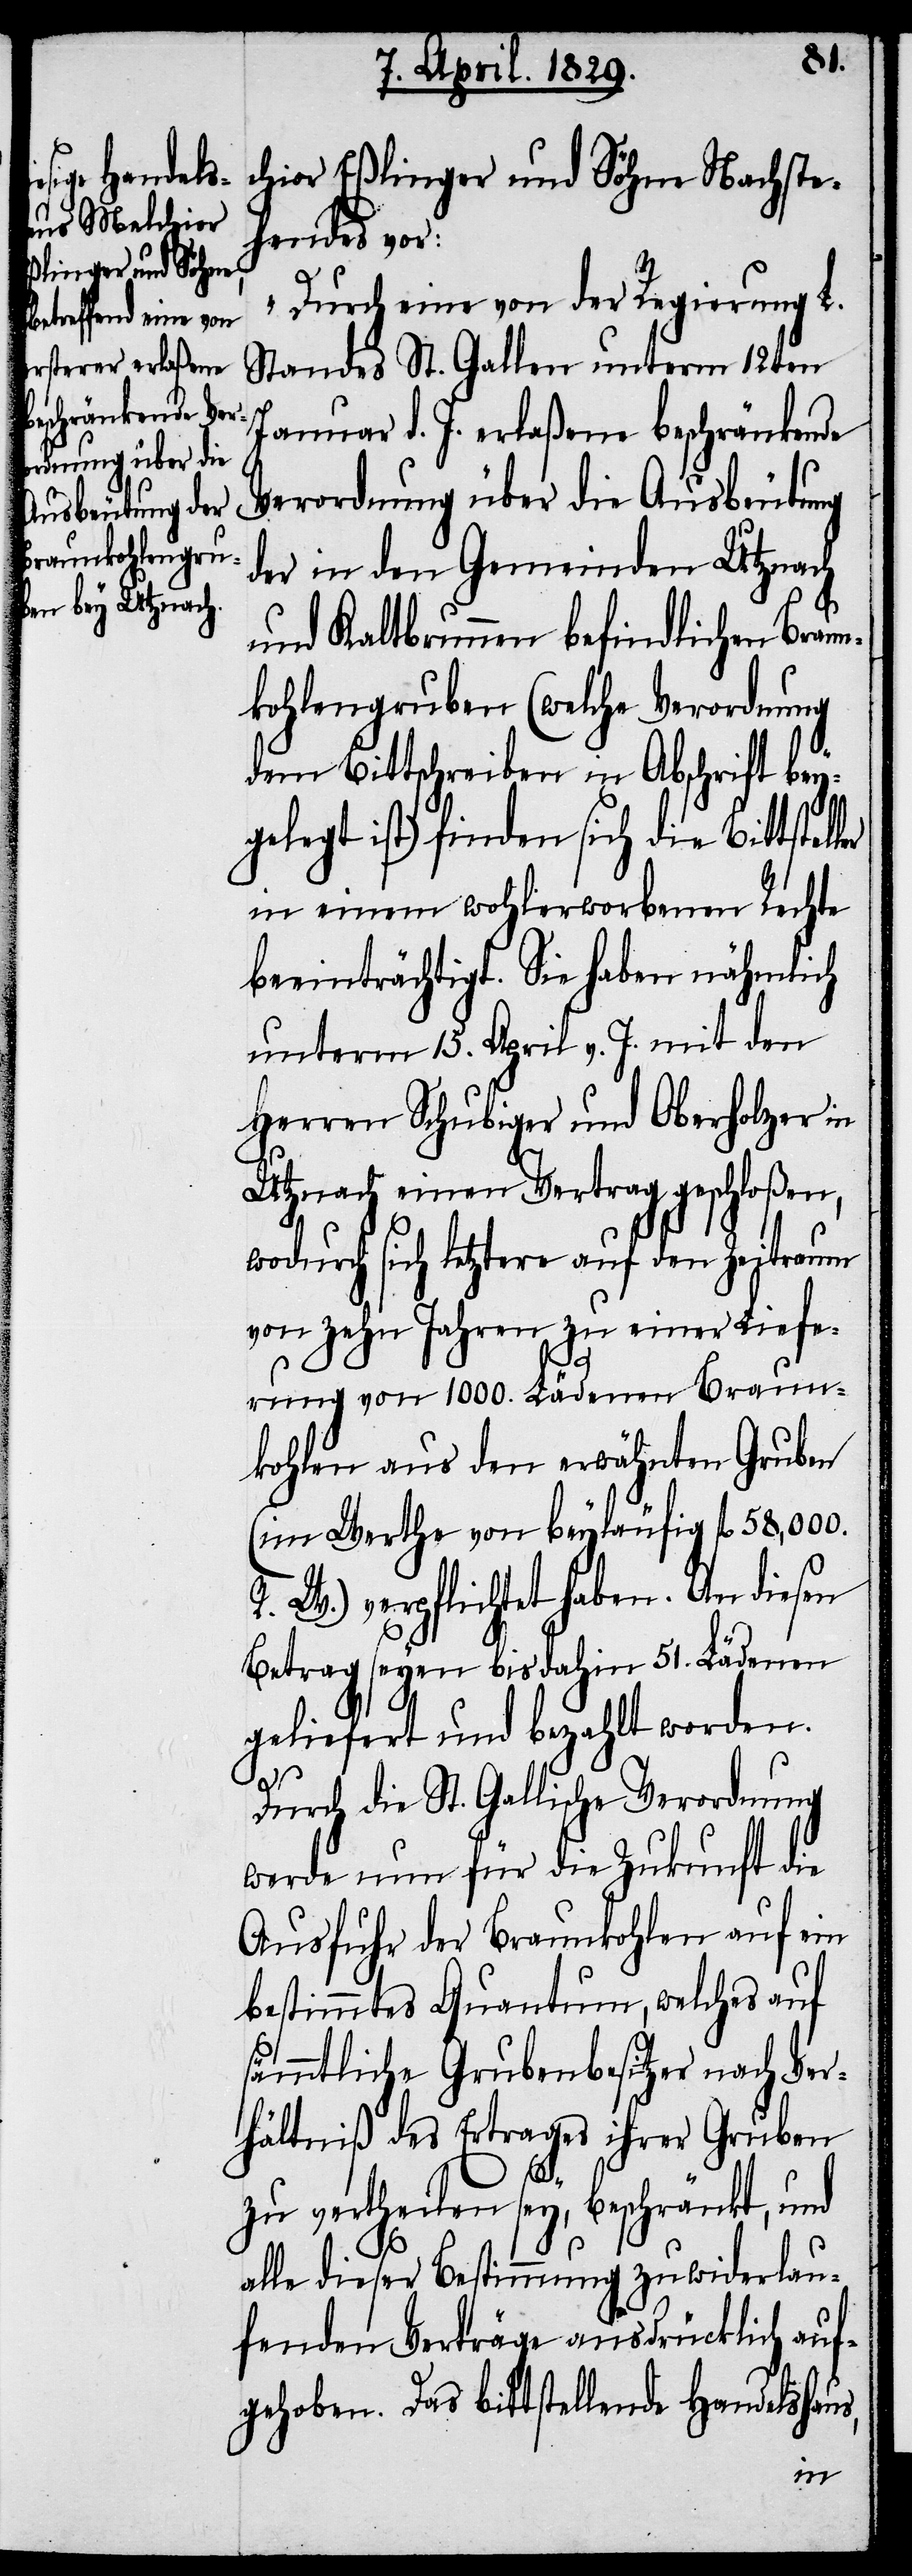
chior Eßlinger und Söhne Nachste¬
hendes vor:
„Durch eine von der Regierung L.
Standes St. Gallen unterm 12ten
Januar d. J. erlaßene beschränkende
Verordnung über die Ausbeutung
der in den Gemeinden Utznach
und Kaltbrunn befindlichen Braun¬
kohlengruben (welche Verordnung
dem Bittschreiben in Abschrift bey¬
gelegt ist) finden sich die Bittstel¬
in einem wohlerworbenen Rechte
beeinträchtigt. Sie haben nähmlich
unterm 15. April v. J. mit den
Herren Schubiger und Oberholzer in
Utznach einen Vertrag geschloßen,
wodurch sich letztere auf den Zeitraum
von zehn Jahren zu einer Liefe¬
rung von 1000. Lädenen Braun¬
kohlen aus den erwähnten Gruben
(im Werthe von beyläufig fl. 58,000.
R. W.) verpflichtet haben. An diesen
Betrag seyen bis dahin 51. Lädenen
geliefert und bezahlt worden.
Durch die St. Gallische Verordnung
werde nun für die Zukunft die
Ausfuhr der Braunkohlen auf ein
bestimmtes Quantum, welches auf
sämmtliche Grubenbesitzer nach Ver¬
hältniß des Ertrages ihrer Gruben
zu vertheilen sey, beschränkt, und
alle dieser Bestimmung zuwiderlau¬
fenden Verträge ausdrücklich auf¬
gehoben. Das bittstellende Handelshaus,
ler